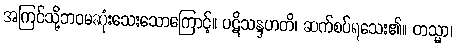
အကြင်သို့ဘဝမဆုံးသေးသောကြောင့်။ ပဋိသန္ဒဟတိ၊ ဆက်စပ်ရသေး၏။ တသ္မာ၊